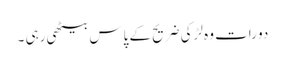
دو رات وہ لڑکی ضریح کے پاس بیٹھی رہی ۔